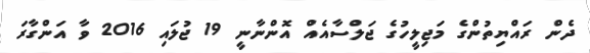
ދެން ރައްޔިތުންގެ މަޖިލީހުގެ ޖަލްސާއެއް އޮންނާނީ 19 ޖުލައި 2016 ވާ އަންގާރަ